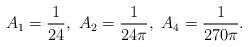
LaTeX: \begin{align*}&A_{1}=\frac{1}{24},\ A_2=\frac{1}{24\pi},\ A_4=\frac{1}{270\pi}.\end{align*}